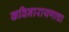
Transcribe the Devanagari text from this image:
कविनारायणाचा